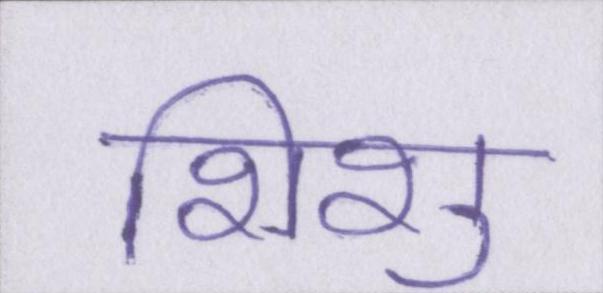
शिशु